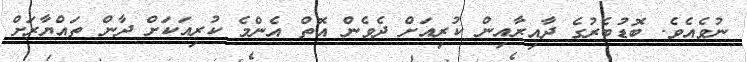
ނުވެއެވެ. ބޮޑުބެރުގެ ދާއިރާއިން ކުރިއަށް ދެވެން އޮތް އެންމެ ކުރިއަކަށް ދާން ތައްޔާރަށް